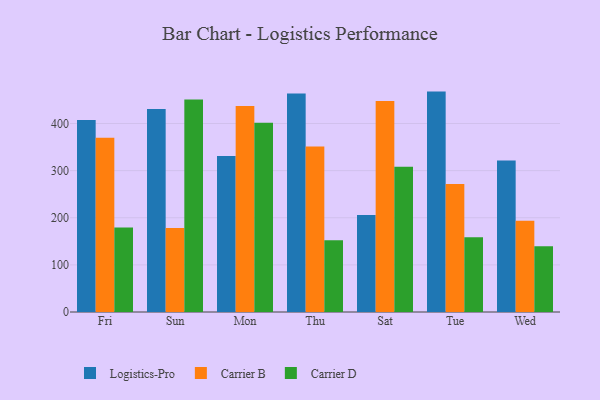
{"axis": {"x": "Day", "y": "Demand Index"}, "legend": ["Carrier B", "Carrier D", "Logistics-Pro"], "data": [{"x": "Fri", "y": 407.5, "type": "Logistics-Pro"}, {"x": "Fri", "y": 370.0, "type": "Carrier B"}, {"x": "Fri", "y": 179.3, "type": "Carrier D"}, {"x": "Sun", "y": 430.7, "type": "Logistics-Pro"}, {"x": "Sun", "y": 178.2, "type": "Carrier B"}, {"x": "Sun", "y": 450.8, "type": "Carrier D"}, {"x": "Mon", "y": 330.9, "type": "Logistics-Pro"}, {"x": "Mon", "y": 437.0, "type": "Carrier B"}, {"x": "Mon", "y": 401.7, "type": "Carrier D"}, {"x": "Thu", "y": 463.8, "type": "Logistics-Pro"}, {"x": "Thu", "y": 351.2, "type": "Carrier B"}, {"x": "Thu", "y": 152.5, "type": "Carrier D"}, {"x": "Sat", "y": 205.7, "type": "Logistics-Pro"}, {"x": "Sat", "y": 447.9, "type": "Carrier B"}, {"x": "Sat", "y": 308.0, "type": "Carrier D"}, {"x": "Tue", "y": 467.7, "type": "Logistics-Pro"}, {"x": "Tue", "y": 271.7, "type": "Carrier B"}, {"x": "Tue", "y": 158.4, "type": "Carrier D"}, {"x": "Wed", "y": 321.3, "type": "Logistics-Pro"}, {"x": "Wed", "y": 193.9, "type": "Carrier B"}, {"x": "Wed", "y": 139.7, "type": "Carrier D"}]}